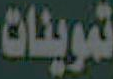
تموينات